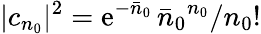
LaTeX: |c_{n_{0}}|^{2}=\mathrm{e}^{-\bar{n}_{0}}\, {\bar{n}_{0}}^{n_{0}}/n_{0}!